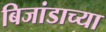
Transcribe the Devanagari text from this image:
बिजांडाच्या